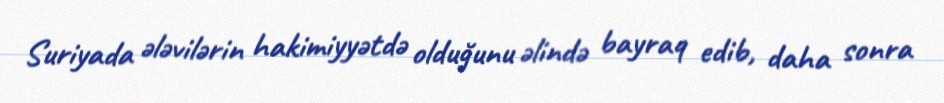
Suriyada ələvilərin hakimiyyətdə olduğunu əlində bayraq edib, daha sonra